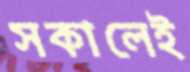
সকালেই